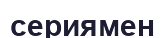
сериямен